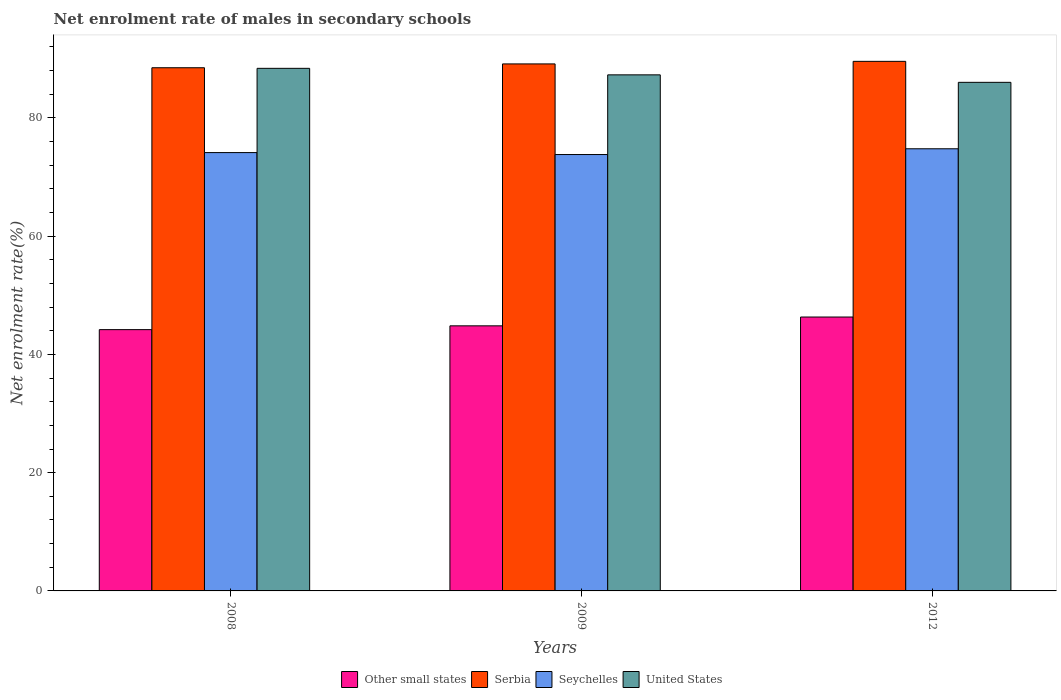
| Years | Other small states | Serbia | Seychelles | United States |
 | --- | --- | --- | --- | --- |
 | 2008 | 44.2 | 88.5 | 74.1 | 88.4 |
 | 2009 | 44.8 | 89.1 | 73.8 | 87.3 |
 | 2012 | 46.3 | 89.6 | 74.8 | 86 |